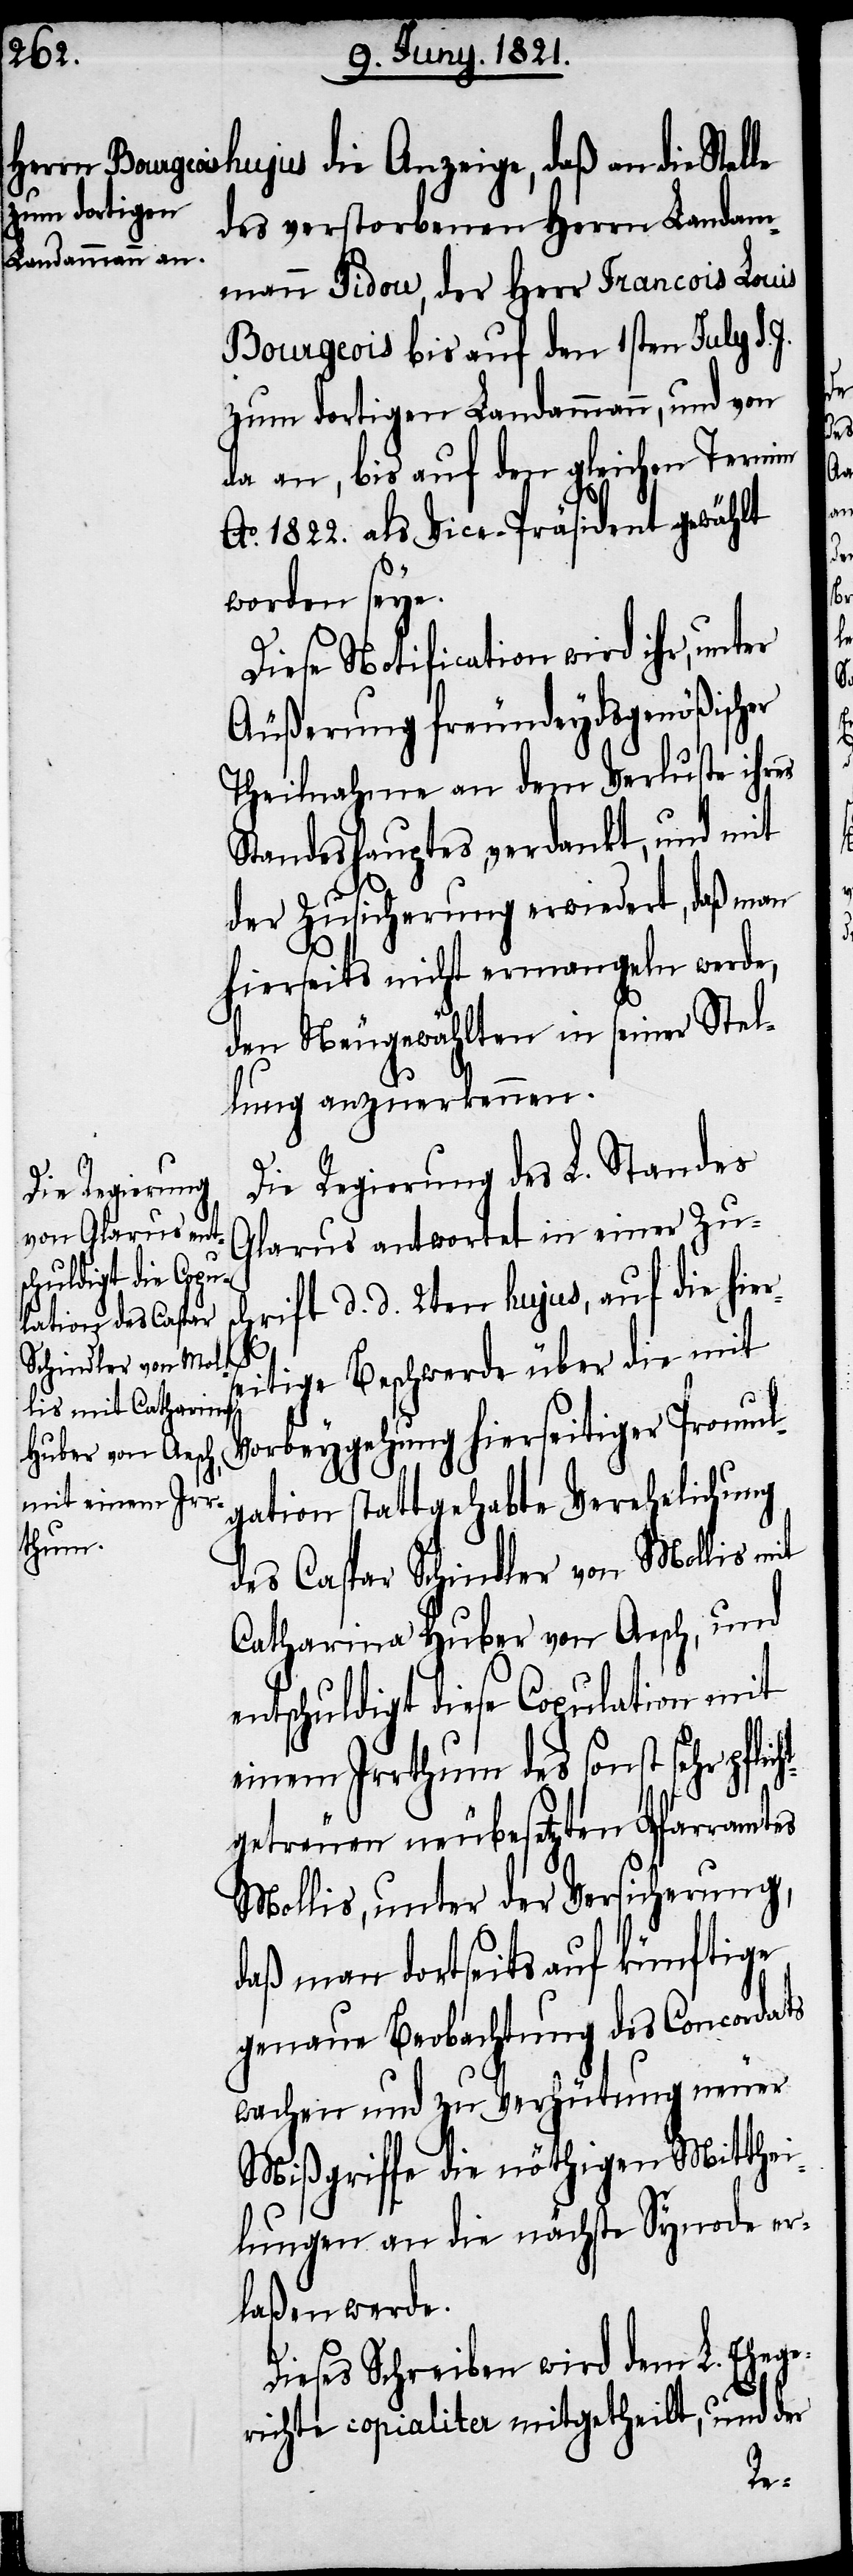
des verstorbenen Herrn Landam¬
mann Pidou, der Herr Francois Louis
Bourgeois bis auf den 1sten July d.
zum dortigen Landammann, und von
da an, bis auf den gleichen Termin
Ao. 1822. als Vice-Präsident gewählt
worden seye.
Diese Notification wird ihr, unter
Äußerung freundeydsgenößischer
Theilnahme an dem Verluste ihres
Standeshauptes, verdankt, und mit
der Zusicherung erwiedert, daß man
hierseits nicht ermangeln werde,
den Neugewählten in seiner Stel¬
lung anzuerkennen.
Die Regierung des L. Standes
von Glarus fr¬
Glarus antwortet in einer Zus¬
halben beruhi¬
chrift d. d. 2ten hujus, auf hierse¬
gen.
itige Beschwerde über die mit
Vorbeygehung hierseitiger Promul¬
gation stattgehabte Verehelichung
des Caspar Schindler von Mollis mit
Catharina Huber von Aesch, und
entschuldigt diese Copulation mit
einem Irrthum des sonst sehr pflic¬
getreuen neubesetzten Pfarramtes
Mollis, unter der Versicherung,
daß man dortseits auf künftige
genaue Beobachtung des Concordats
wachen und zu Verhütung neuer
Mißgriffe die nöthigen Mitthei¬
lungen an die nächste Synode er¬
laßen werde.
Dieses Schreiben wird dem L. Ehege¬
richte copialiter mitgetheilt, und der